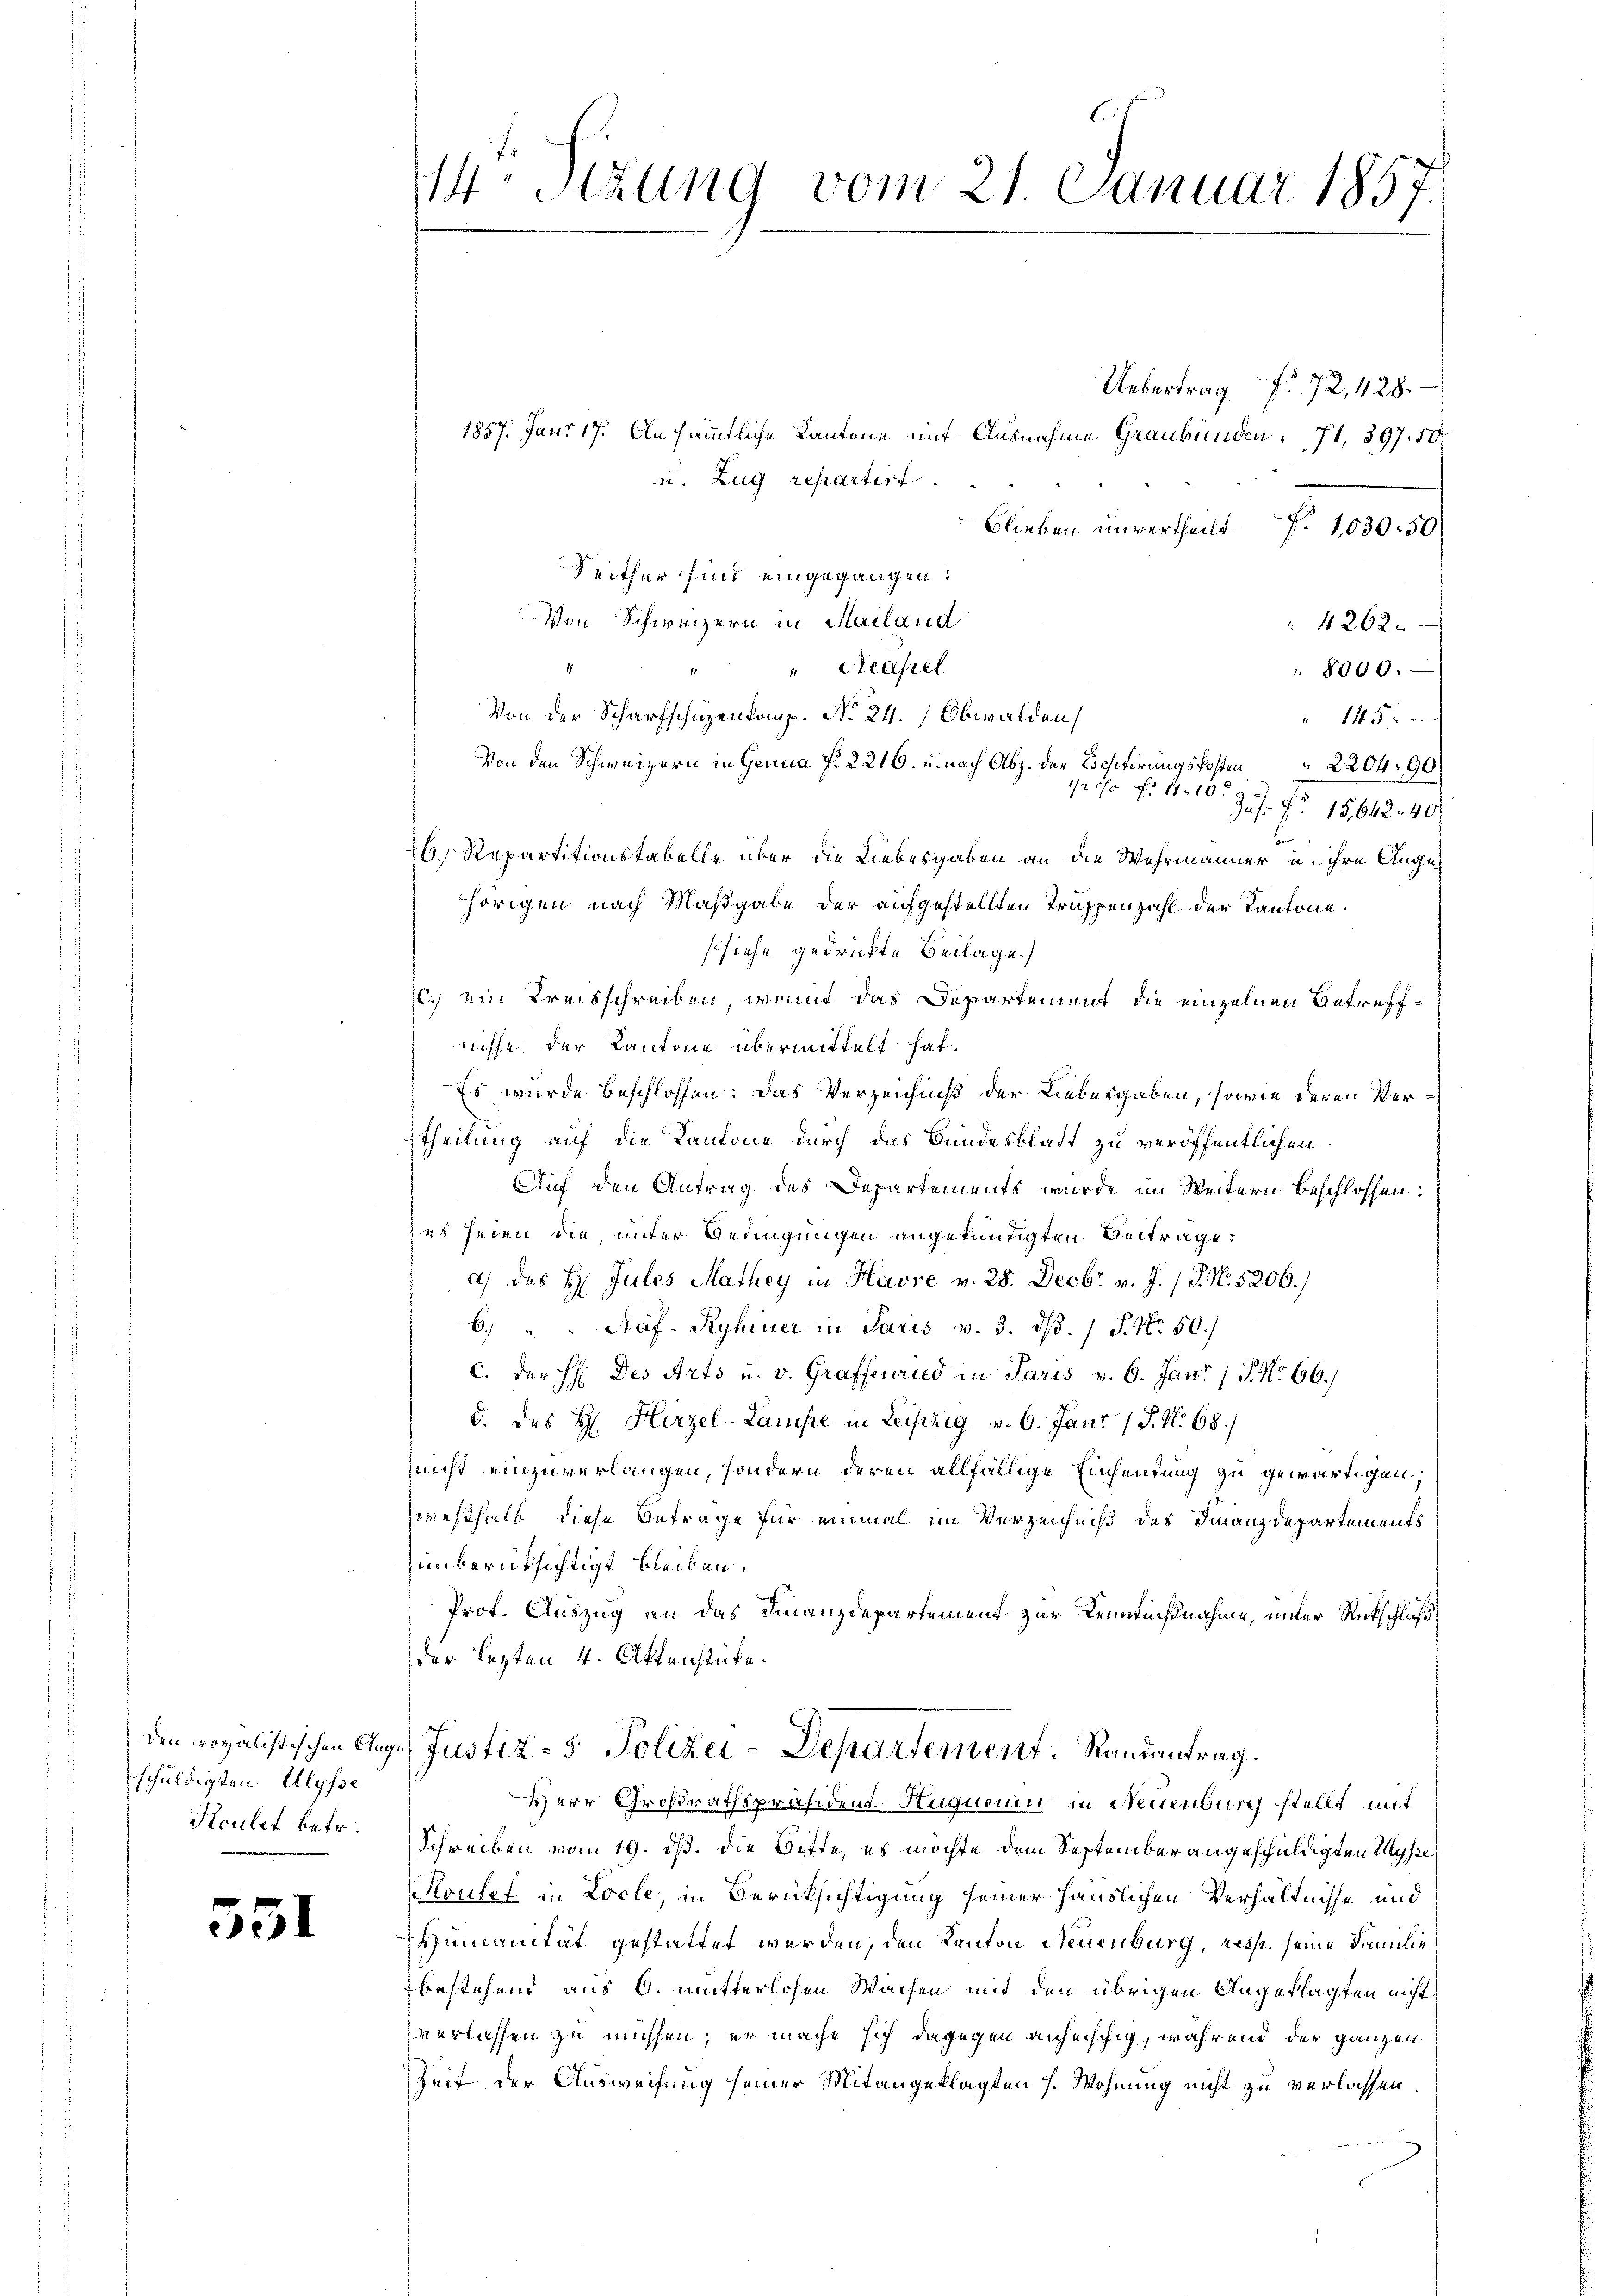
den regalistischen Aug
schuldigten Ulysse
Koulet betr.

551

14. Sizung vom 21. Januar 1857.

u. Zug repartirt

Uebertrag f. 72, 428.
1857. Janr 17. An sämmtliche Kantone mit Ausnahme Graubünden 71. 597. 50
Blieben unvertheilt
f. 1030. 50
Reither sind eingegangen:
Von Schweizern in Mailand
4262.
1
" " Strafrel
8000.
Von der Scharfschüzenkomp. No 24. Obwalden,
145.
Von den Schweizern in Genua f. 2216. u. nach Abz. der Bestirungskosten 2204. 90
125 f. 11.10.
J. J.
15,642. 40
ben
26.) Repartitionstabelle über die Liebesgaben an die Wahrmänner u. ihre Augus
hörigen nach Maßgabe der aufgestellten Truppenzahl der Kantone.
ssiehe gedruckte Beilage.)
C. ein Kreisschreiben womit das Departement die einzelnen Betreffnisse der Kantone übermittelt hat.
Es wurde beschlossen: Das Verzeichniß der Liebesgaben, sowie deren Vertheilung auf die Kantone durch das Bundesblatt zu veröffentlichen
Auf den Antrag des Departements wurde im Weitern beschlossen:
zes seien die unter Geringungen angekündigten Beitrage:
a) des H. Jules Mathey in Havre v. 28. Decbr. v. J. 17. No. 5206./
6"Paf- Ryhiner in Paris v. 3. dß. / P. Nr. 50.
C. der H: Des Arts u. v. Graffenried in Paris v. 6. Jan. 15. No 66.)
d. des H. Hirzel-Laniste in Leipzig v. 6. Janr (§. N. 68./
nicht einzuverlangen, sondern deren allfällige Einsendung zu gewärtigen,
westhalt diese Betrage für einmal im Verzeichniß des Finanzdepartements
unberüksichtigt bleiben.
Prof. Auszug an das Finanzdepartement zur Kenntnißnahme, unter Rutschluß
der lezten 4. Aktenstücke.
 Justiz- & Polizei-Departement. Randantrag.
Herr Großrathspräsident Huguenin in Neuenburg stellt mit
Schreiben vom 19. ds. die Bitte, es möchte dem September angeschuldigten Ulysse
Koufet in Locle, in Berücksichtigung seiner Häuslichen Verhältnisse und
Humanität gestattet werden, den Kanton Neuenburg, resst. seine Familie
bestehend aus 6. mutterlosen Wachen mit den übrigen Angeklagten nicht
verlassen zu müssen; er mache sich dagegen anheischig, wahrend der ganzen
Zeit der Ausweisung seiner Mitangeklagten s. Wohnung nicht zu verlassen